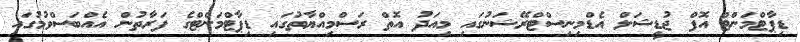
ޑިޕާޓްމަންޓް އޮފް ޖުޑީޝަލް އެޑްމިނިސްޓްރޭޝަނުގައި މިއަދު އޮތް ރަސްމިއްޔާތުގައި ޑިޕާޓްމަންޓްގެ ފަރާތުން އެއްބަސްވުމުގައި